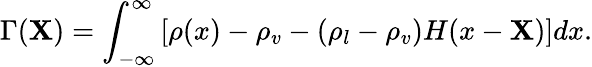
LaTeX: \Gamma(\mathbf{X})=\int_{-\infty}^{\infty}\left[\rho(x)-\rho_{v}-(\rho_{l}-\rho_{v})H(x-\mathbf{X})\right]dx.